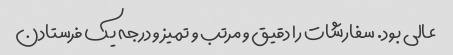
عالی بود. سفارشات را دقیق و مرتب و تمیز و درجه یک فرستادن